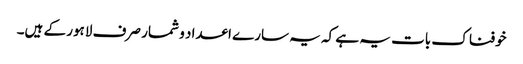
خوفناک بات یہ ہے کہ یہ سارے اعداد و شمار صرف لاہور کے ہیں۔